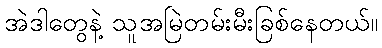
အဲဒါတွေနဲ့ သူအမြဲတမ်းမီးခြစ်နေတယ်။